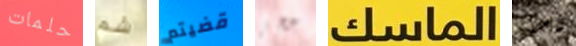
حلمات شم قضيتم عجز الماسك وجيه